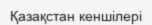
Қазақстан кеншілері